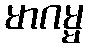
မာဂမ္မ